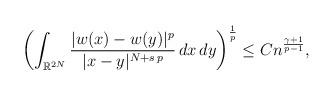
LaTeX: \begin{align*}\left(\int_{\mathbb{R}^{2N}} \frac{|w(x) - w(y)|^p}{|x - y|^{N+s\,p}}\, dx\, dy\right)^{\frac{1}{p}}\leq Cn^{\frac{\gamma+1}{p-1}},\end{align*}